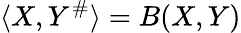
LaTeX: \langle X,Y^{\# }\rangle=B(X,Y)